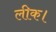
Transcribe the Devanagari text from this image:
लीक।